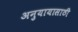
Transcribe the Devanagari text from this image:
अनुयायासाठी